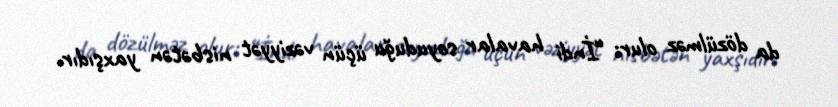
da dözülməz olur: “İndi havalar soyuduğu üçün vəziyyət nisbətən yaxşıdır.